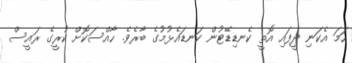
ހަމަ އެކަނި ދީފައި އޮތީ ކެނޑިޑޭޓުން ކަނޑައެޅުމުގެ ބާރެވެ. ހާއްސަކޮށް ކުރީގެ ރައީސް